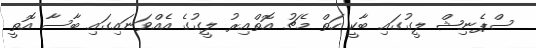
ސްޕެނިޝް ލީގުގައި ބާކީ ހަތް މެޗު އޮތްއިރު ލީގުގެ އެއްވަނައިގައި ބާސާ އޮތީ